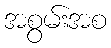
အစွမ်းအစ